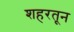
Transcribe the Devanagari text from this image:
शहरतून